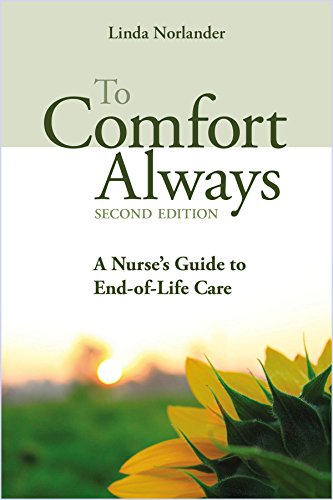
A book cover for To Comfort Always: A Nurse's Guide to End-Of-Life Care; Linda Norlander; Self-Help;